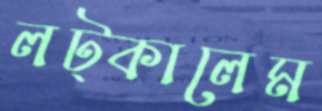
লট্‌কালেম